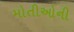
મોતીઓની